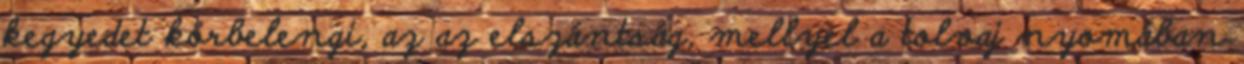
kegyedet körbelengi, az az elszántság, mellyel a tolvaj nyomában